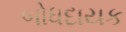
બોધદાયક